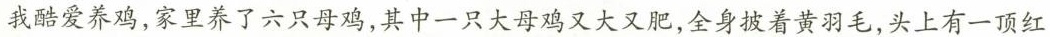
我酷爱养鸡，家里养了六只母鸡，其中一只大母鸡又大又肥，全身披着黄羽毛，头上有一顶红